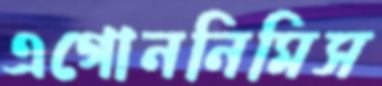
এগোননিমিস